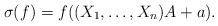
LaTeX: \begin{align*}\sigma(f)=f((X_1,\dots,X_n)A+a).\end{align*}